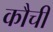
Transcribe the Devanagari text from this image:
कौची